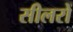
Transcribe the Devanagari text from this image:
सीलरों